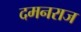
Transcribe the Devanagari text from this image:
दमनराज